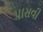
પાસવી